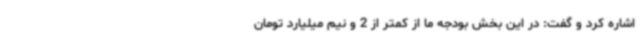
اشاره کرد و گفت: در این بخش بودجه ما از کمتر از 2 و نیم میلیارد تومان